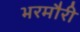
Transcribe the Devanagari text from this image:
भरमौरी